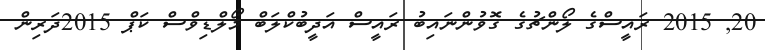
20